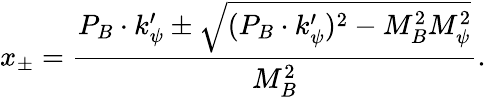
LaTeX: x_{\pm}=\frac{P_{B}\cdot k_{\psi}^{\prime}\pm\sqrt{(P_{B}\cdot k_{\psi}^{\prime})^{2}-M_{B}^{2}M_{\psi}^{2}}}{M_{B}^{2}}.